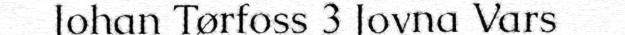
Johan Tørfoss 3 Jovna Vars